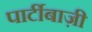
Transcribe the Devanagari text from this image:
पार्टीबाज़ी